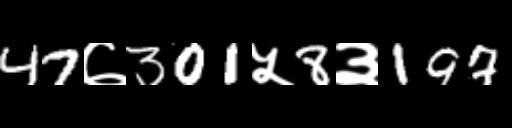
Text: 47७301५8३197